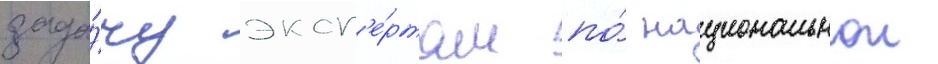
зада́чу эксп'е́ртам по́ национальнои